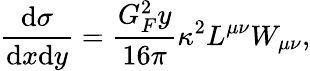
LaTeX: \frac{\mathrm{d}\sigma}{\mathrm{d}x\mathrm{d}y}=\frac{G_{F}^{2}y}{16\pi}{\kappa^{2}L^{\mu\nu}W_{\mu\nu}},